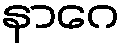
နာဂေ